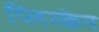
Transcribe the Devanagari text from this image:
प्लिस्केन